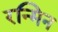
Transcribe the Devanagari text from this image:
रन्मिन